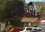
થોરાસિક